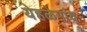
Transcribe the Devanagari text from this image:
येहळेगांव